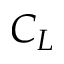
C _ { L }